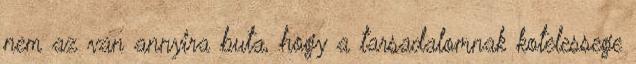
nem az van annyira buta, hogy a tarsadalomnak kotelessege